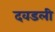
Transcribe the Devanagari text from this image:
दवडली